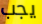
يجب